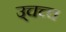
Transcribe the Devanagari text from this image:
उ्चच्च